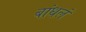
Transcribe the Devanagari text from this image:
बांधलं